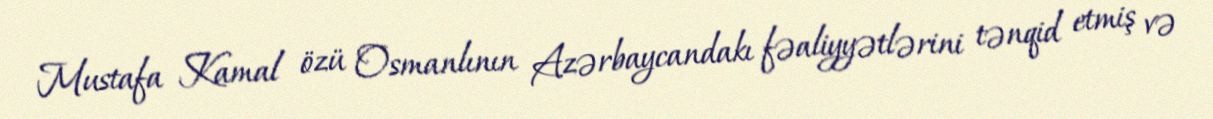
Mustafa Kamal özü Osmanlının Azərbaycandakı fəaliyyətlərini tənqid etmiş və